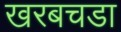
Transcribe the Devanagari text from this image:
खरबचडा